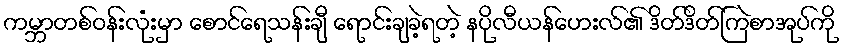
ကမ္ဘာတစ်ဝန်းလုံးမှာ စောင်ရေသန်းချီ ရောင်းချခဲ့ရတဲ့ နပိုလီယန်ဟေးလ်၏ ဒိတ်ဒိတ်ကြဲစာအုပ်ကို